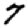
Digit: 7